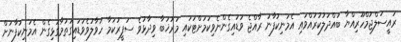
ރައީސުލްޖުމްހޫރިއްޔާ ބައްދަލުކުރައްވައި އެމަނިކުފާނު ރާއްޖެ ވަޑައިގެންނެވިކަމަށްޓަކައި މަރުޚަބާ ވިދާޅުވެ ސަފީރުކަމާ ހަވާލުވެވަޑައިގަތުމާގުޅިގެން އެމަނިކުފާނަށް